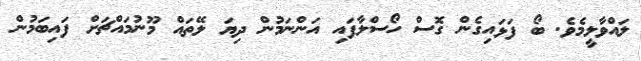
ލައްވާލީމެވެ. ބޯ ފަޅައިގެން ގޮސް ހޯސްލާފައި އަންނަމުން ދިޔަ ލޭތައް މޫނުމައްޗަށް ފައިބަމުން